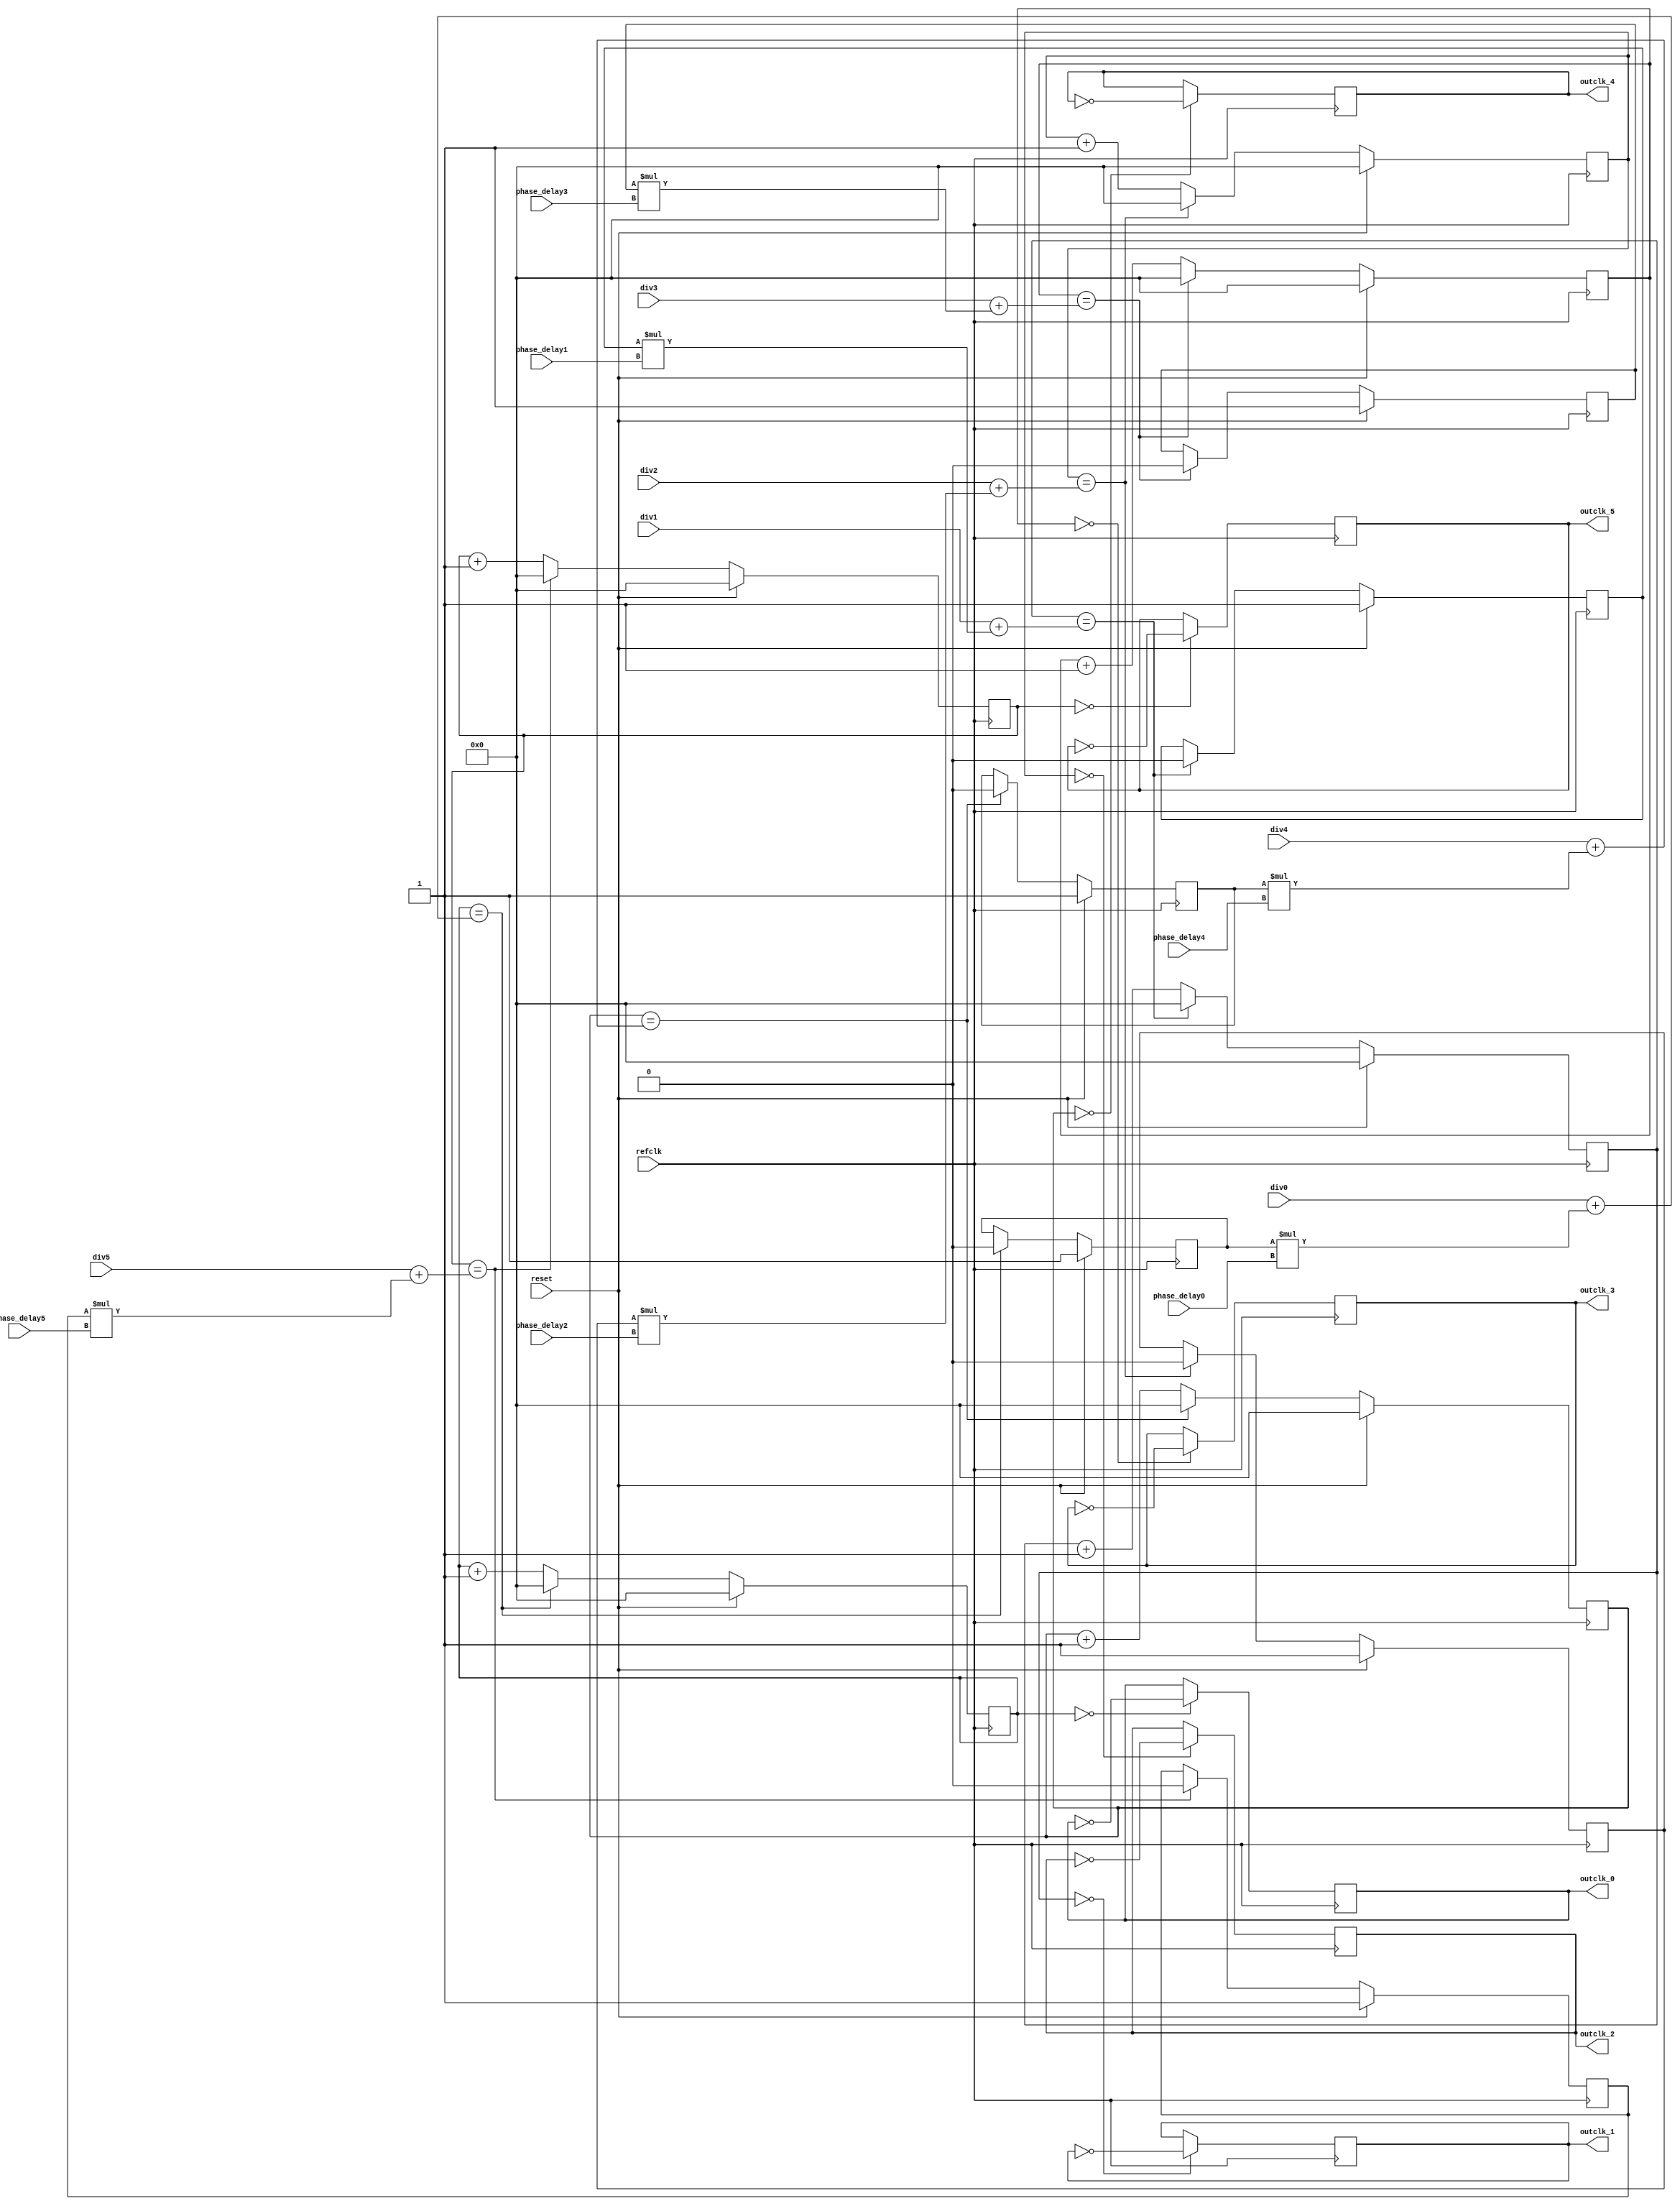
module RF_gen
(

refclk,
outclk_0,
outclk_1,
outclk_2,
outclk_3,
outclk_4,
outclk_5,
div0,
div1,
div2,
div3,
div4,
div5,
	
phase_delay0,
phase_delay1,
phase_delay2,
phase_delay3,
phase_delay4,
phase_delay5,

reset,
);

input refclk;
input [7:0]div0;
input [7:0]div1;
input [7:0]div2;
input [7:0]div3;
input [7:0]div4;
input [7:0]div5;

input [7:0]phase_delay0;
input [7:0]phase_delay1;
input [7:0]phase_delay2;
input [7:0]phase_delay3;
input [7:0]phase_delay4;
input [7:0]phase_delay5;
input reset;


reg [7:0]count0 = 8'b00000000;
reg [7:0]count1 = 8'b00000000;
reg [7:0]count2 = 8'b00000000;
reg [7:0]count3 = 8'b00000000;
reg [7:0]count4 = 8'b00000000;
reg [7:0]count5 = 8'b00000000;
reg delay0 = 0;
reg delay1 = 0;
reg delay2 = 0;
reg delay3 = 0;
reg delay4 = 0;
reg delay5 = 0;


output outclk_0;
output outclk_1;
output outclk_2;
output outclk_3;
output outclk_4;
output outclk_5;

reg outclk_0 = 0;
reg outclk_1 = 0;
reg outclk_2 = 0;
reg outclk_3 = 0;
reg outclk_4 = 0;
reg outclk_5 = 0;
always @(posedge refclk)
begin

	 

    if(reset == 1)begin
		count0 <= 0;
		count1 <= 0;
		count2 <= 0;
		count3 <= 0;
		count4 <= 0;
		count5 <= 0;
		delay0 <= 1;
		delay1 <= 1;
		delay2 <= 1;
		delay3 <= 1;
		delay4 <= 1;
		delay5 <= 1;
		
		end
	else begin

    if (count0 == div0 + delay0*phase_delay0)
	 begin
	     count0 <= 0;
		  delay0 <= 0;
		  end
	 else begin
	     count0 <= count0 + 1;
		  end
		  
	 if (count1 == div1 + delay1*phase_delay1)
	 begin
	     count1 <= 0;
		  delay1 <= 0;
		  end
	 else begin
	     count1 <= count1 + 1;
		  end
		  
	 if (count2 == div2 + delay2*phase_delay2)
	 begin
	     count2 <= 0;
		  delay2 <= 0;
		  end
	 else begin
	     count2 <= count2 + 1;
		  end
		  
	 if (count3 == div3 + delay3*phase_delay3)
	 begin
	     count3 <= 0;
		  delay3 <= 0;
		  end
	 else begin
	     count3 <= count3 + 1;
		  end
		  
	 if (count4 == div4 + delay4*phase_delay4)
	 begin
	     count4 <= 0;
		  delay4 <= 0;
		  end
	 else begin
	     count4 <= count4 + 1;
		  end
		  
	 if (count5 == div5 + delay5*phase_delay5)
	 begin
	     count5 <= 0;
		  delay5 <= 0;
		  end
	 else begin
	     count5 <= count5 + 1;
		  end
		  
	end
	
	
	if(count0 == 0)begin outclk_0 <= ~outclk_0; end
	if(count1 == 0)begin outclk_1 <= ~outclk_1; end
	if(count2 == 0)begin outclk_2 <= ~outclk_2; end
	if(count3 == 0)begin outclk_3 <= ~outclk_3; end
	if(count4 == 0)begin outclk_4 <= ~outclk_4; end
	if(count5 == 0)begin outclk_5 <= ~outclk_5; end
	

end

endmodule